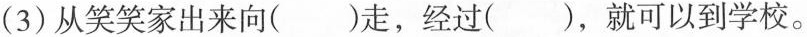
(3)从笑笑家出来向()走，经过()，就可以到学校。